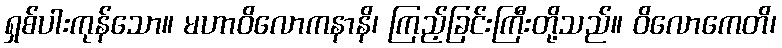
ရှစ်ပါးကုန်သော။ မဟာဝိလောကနာနိ၊ ကြည့်ခြင်းကြီးတို့သည်။ ဝိလောကေတိ၊